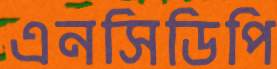
এনসিডিপি